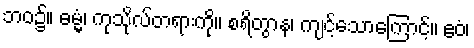
ဘဝ၌။ ဓမ္မံ၊ ကုသိုလ်တရားကို။ စရိတွာန၊ ကျင့်သောကြောင့်။ ဧဝံ၊